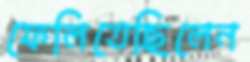
ফেলিতেছিলেন